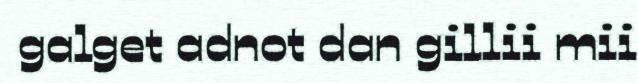
galget adnot dan gillii mii